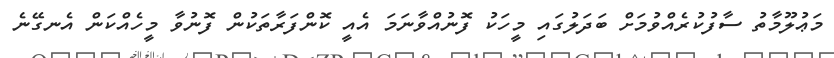
މަޢުލޫމާތު ސާފުކުރެއްވުމަށް ބަދަލުގައި މީހަކު ފޮނުއްވާނަމަ އެއީ ކޮންފަރާތަކުން ފޮނުވާ މީހެއްކަން އެނގޭނެ